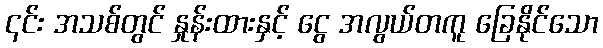
၎င်း အသစ်တွင် နှုန်းထားနှင့် ငွေ အလွယ်တကူ ခြေနိုင်သော